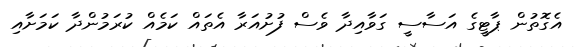
އެގޮތުން ޕާޓީގެ އަސާސީ ގަވާއިދާ ވެސް ފުށުއަރާ އެތައް ކަމެއް ކުރަމުންދާ ކަމަށާއި